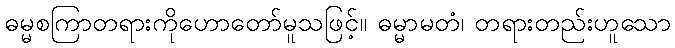
ဓမ္မစကြာတရားကိုဟောတော်မူသဖြင့်။ ဓမ္မာမတံ၊ တရားတည်းဟူသော